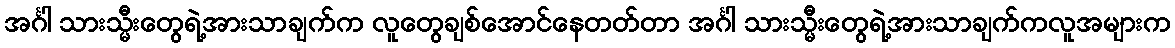
အင်္ဂါ သားသ္မီးတွေရဲ့အားသာချက်က လူတွေချစ်အောင်နေတတ်တာ အင်္ဂါ သားသ္မီးတွေရဲ့အားသာချက်ကလူအများက